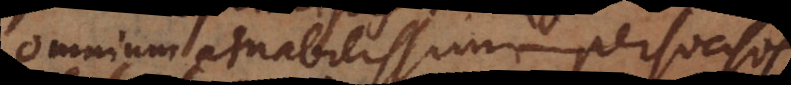
omnium amabilissimi persuasos